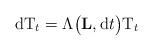
LaTeX: \begin{align*}\mathrm{dT}_{t}=\Lambda\big(\mathbf{L},\mathrm{d}t\big)\mathrm{T}_t\end{align*}